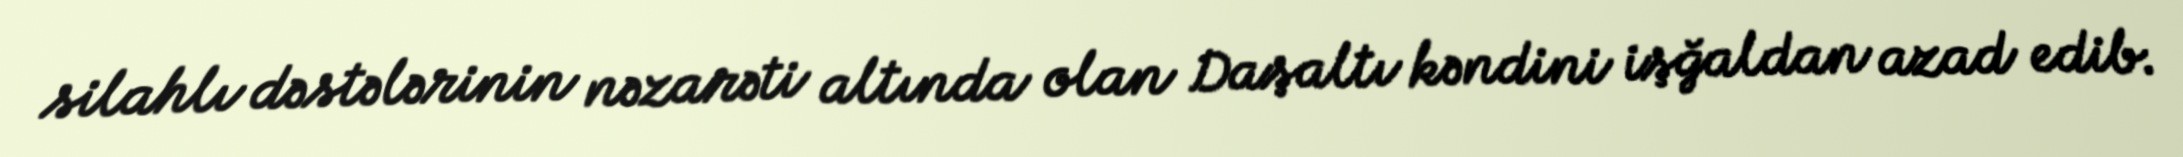
silahlı dəstələrinin nəzarəti altında olan Daşaltı kəndini işğaldan azad edib.